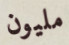
مليون